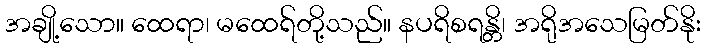
အချို့သော။ ထေရာ၊ မထေရ်တို့သည်။ နပရိစရန္တိ၊ အရိုအသေမြတ်နိုး